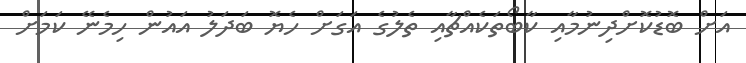
އަށް ބޮޑުކޮށްދިނުމާއި ކާބޯތަކެއްޗާއި ތެލުގެ އަގަށް ހެޔޮ ބަދަލު އައުން ހިމެނޭ ކަމަށް